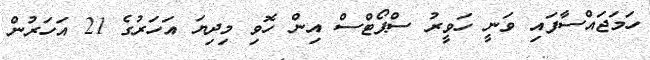
ހަމަޖައްސާފައި ވަނީ ހަވީރު ސްޕޯޓްސް އިން ހޮވި މިދިޔަ އަހަރުގެ 21 އަހަރުން